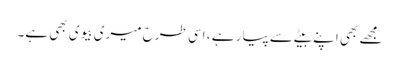
مجھے بھی اپنے بیٹے سے پیار ہے ، اسی طرح میری بیوی بھی ہے۔